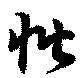
恰